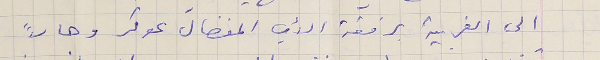
الى الغربية برفقة الأب المفضال عوكر وحالاً